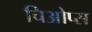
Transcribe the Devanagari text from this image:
चिओप्स